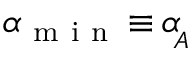
\alpha _ { \mathrm { ~ m ~ i ~ n ~ } } \, { \equiv } \, \alpha \! _ { _ A }